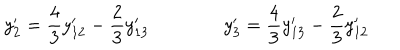
y _ { 2 } ^ { \prime } = { \frac { 4 } { 3 } } y _ { 1 2 } ^ { \prime } - { \frac { 2 } { 3 } } y _ { 1 3 } ^ { \prime } \qquad \qquad y _ { 3 } ^ { \prime } = { \frac { 4 } { 3 } } y _ { 1 3 } ^ { \prime } - { \frac { 2 } { 3 } } y _ { 1 2 } ^ { \prime }